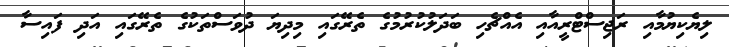
ލިޔެކިޔުމާއި ރަޖިސްޓްރީއާއި އެއްޗެހި ބަދަލުކުރުމުގެ ތެރޭގައި މިދިޔަ ދުވަސްތަކުގެ ތެރޭގައި އަދި ފައިސާ